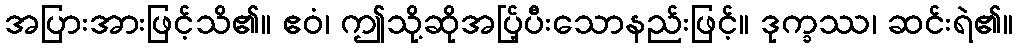
အပြားအားဖြင့်သိ၏။ ဧဝံ၊ ဤသို့ဆိုအပ်ြ့ပီးသောနည်းဖြင့်။ ဒုက္ခဿ၊ ဆင်းရဲ၏။